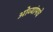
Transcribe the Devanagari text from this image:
ओव्यांमधे